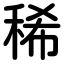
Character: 稀